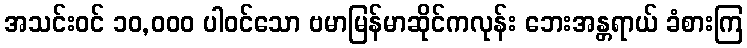
အသင်းဝင် ၁၀,၀၀၀ ပါဝင်သော ဗမာမြန်မာဆိုင်ကလုန်း ဘေးအန္တရာယ် ခံစားကြ